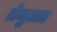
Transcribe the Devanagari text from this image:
ग्रेजुअट